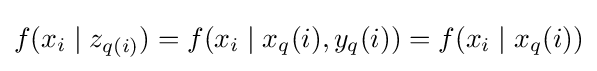
f(x_{i}\mid z_{q(i)})=f(x_{i}\mid x_{q}(i),y_{q}(i))=f(x_{i}\mid x_{q}(i))